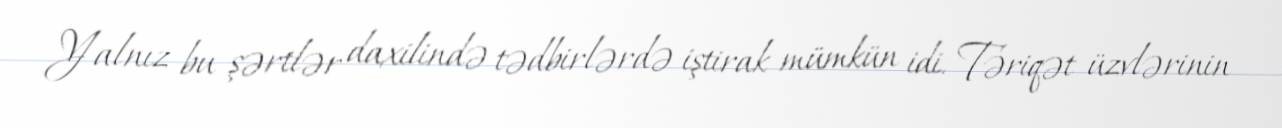
Yalnız bu şərtlər daxilində tədbirlərdə iştirak mümkün idi. Təriqət üzvlərinin